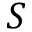
S